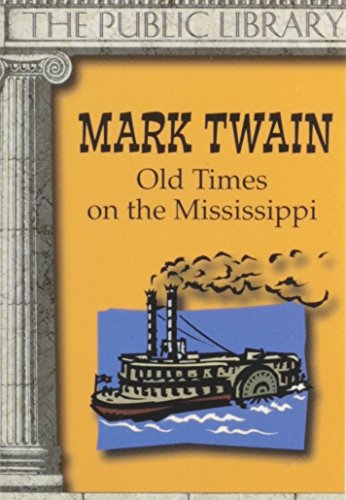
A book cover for Old Times on the Mississippi; Mark Twain; Travel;